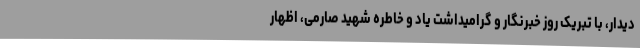
دیدار، با تبریک روز خبرنگار و گرامیداشت یاد و خاطره شهید صارمی، اظهار